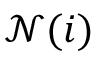
\mathcal { N } ( i )